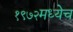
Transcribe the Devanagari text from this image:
१९७२मध्येच